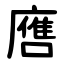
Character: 噟